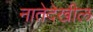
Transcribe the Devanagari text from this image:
नातेदेखील